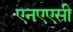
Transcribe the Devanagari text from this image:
एनएएसी